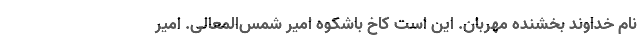
نام خداوند بخشنده مهربان. این است کاخ باشکوه امیر شمس‌المعالی. امیر